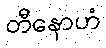
တီနောဟံ